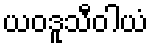
ယဝဒူသီဝါယံ